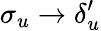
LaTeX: \sigma_{u}\rightarrow\delta_{u}^{\prime}